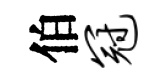
伯冠